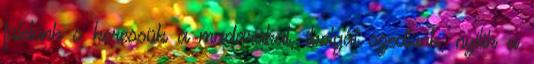
fülelünk s keressük a madarakat, ibolyát szedtünk, nyílik a